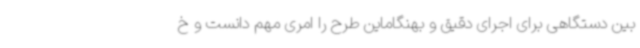
بین دستگاهی برای اجرای دقیق و بهنگاماین طرح را امری مهم دانست و خ